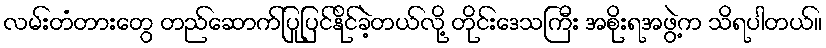
လမ်းတံတားတွေ တည်ဆောက်ပြုပြင်နိုင်ခဲ့တယ်လို့ တိုင်းဒေသကြီး အစိုးရအဖွဲ့က သိရပါတယ်။